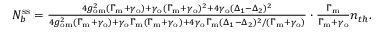
\begin{array} { r } { N _ { b } ^ { \mathrm { s s } } = \frac { 4 g _ { \mathrm { o m } } ^ { 2 } ( \Gamma _ { \mathrm { m } } + \gamma _ { \mathrm { o } } ) + \gamma _ { \mathrm { o } } ( \Gamma _ { \mathrm { m } } + \gamma _ { \mathrm { o } } ) ^ { 2 } + 4 \gamma _ { \mathrm { o } } ( \Delta _ { 1 } - \Delta _ { 2 } ) ^ { 2 } } { 4 g _ { \mathrm { o m } } ^ { 2 } ( \Gamma _ { \mathrm { m } } + \gamma _ { \mathrm { o } } ) + \gamma _ { \mathrm { o } } \Gamma _ { \mathrm { m } } ( \Gamma _ { \mathrm { m } } + \gamma _ { \mathrm { o } } ) + 4 \gamma _ { \mathrm { o } } \Gamma _ { \mathrm { m } } ( \Delta _ { 1 } - \Delta _ { 2 } ) ^ { 2 } / ( \Gamma _ { \mathrm { m } } + \gamma _ { \mathrm { o } } ) } \cdot \frac { \Gamma _ { \mathrm { m } } } { \Gamma _ { \mathrm { m } } + \gamma _ { \mathrm { o } } } n _ { t h } . } \end{array}